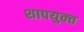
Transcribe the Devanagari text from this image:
शापयुक्‍त